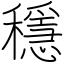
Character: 穩